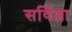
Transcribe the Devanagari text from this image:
सर्विल्ला